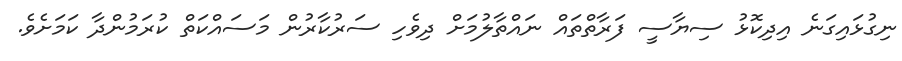
ނިގުޅައިގަނެ އިދިކޮޅު ސިޔާސީ ފަރާތްތައް ނައްތާލުމަށް ދިވެހި ސަރުކާރުން މަސައްކަތް ކުރަމުންދާ ކަމަށެވެ.